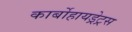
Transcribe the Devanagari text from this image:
कार्बोहायड्रेट्रस